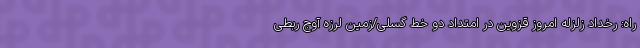
راه: رخداد زلزله امروز قزوین در امتداد دو خط گسلی/زمین لرزه آوج ربطی